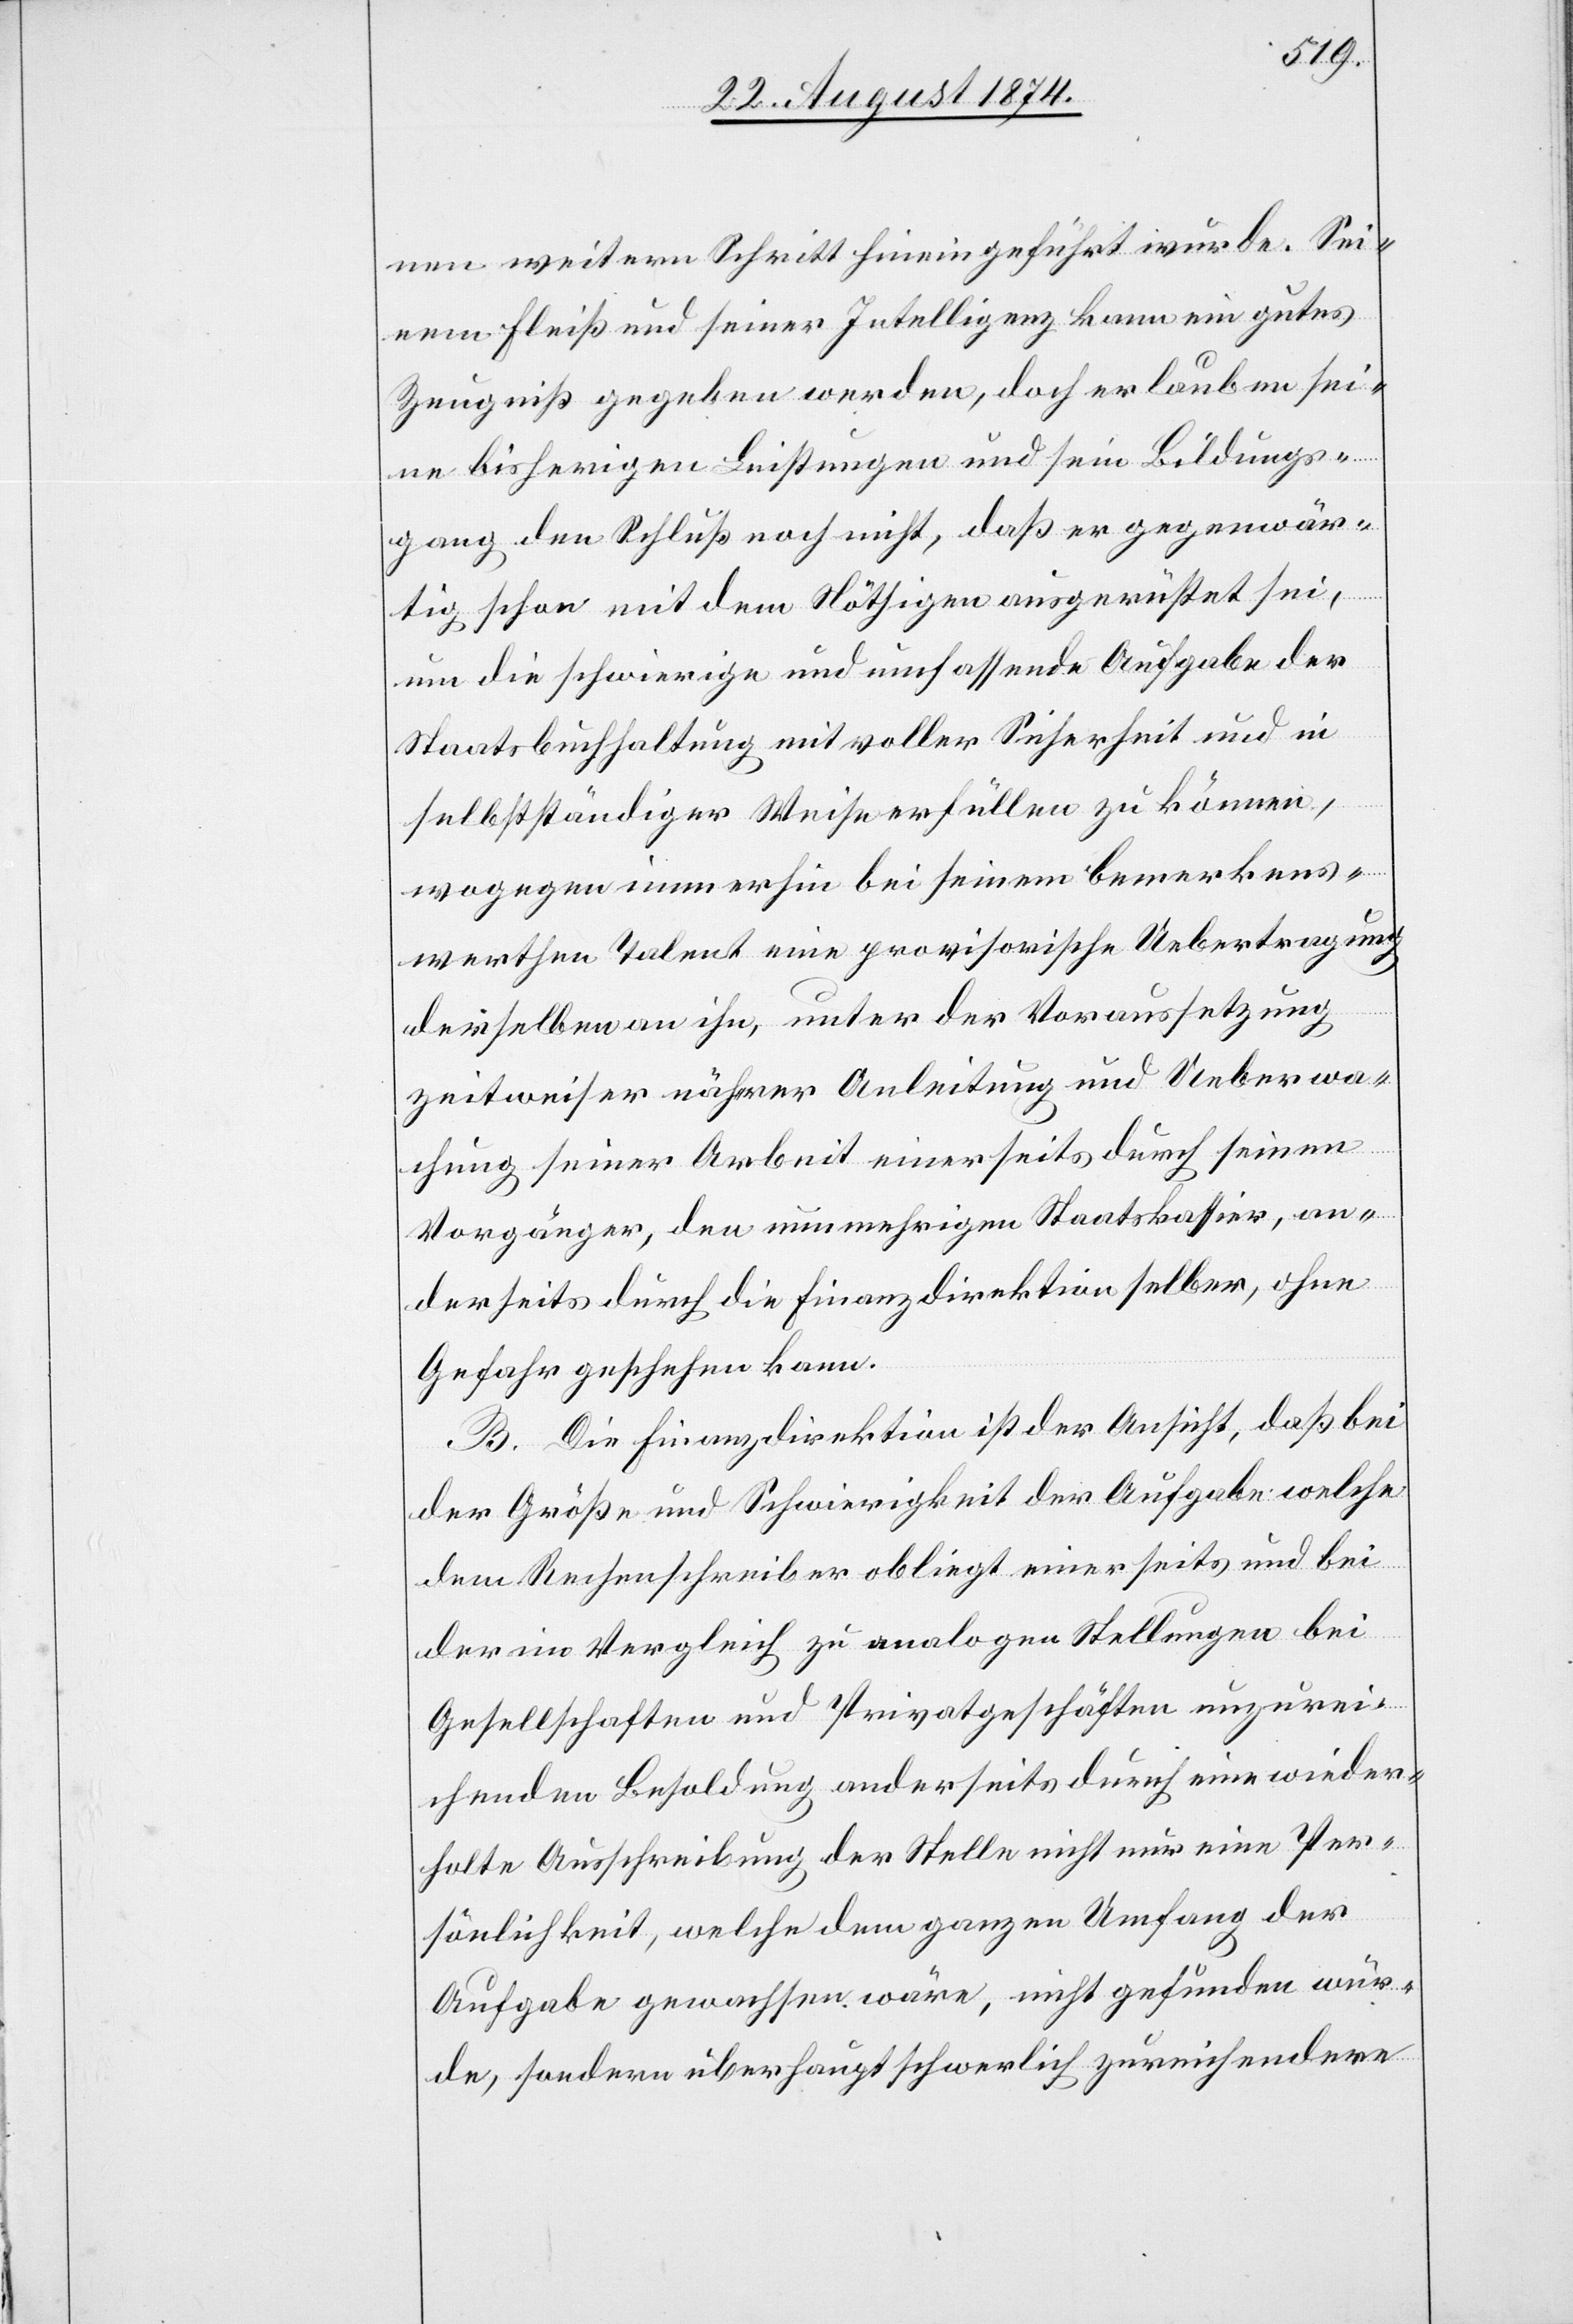
nen weitern Schritt hineingeführt wurde. Sei¬
nem Fleiß und seiner Intelligenz kann ein gutes
Zeugniß gegeben werden, doch erlauben sei¬
ne bisherigen Leistungen und sein Bildungs¬
gang den Schluß noch nicht, daß er gegenwär¬
tig schon mit dem Nöthigen ausgerüstet sei,
um die schwierige und umfassende Aufgabe der
Staatsbuchhaltung mit voller Sicherheit und in
selbstständiger Weise erfüllen zu können,
wogegen immerhin bei seinem bemerkens¬
werthen Talent eine provisorische Uebertragung
derselben an ihn, unter der Voraussetzung
zeitweiser näherer Anleitung und Ueberwa¬
chung seiner Arbeit einerseits durch seinen
Vorgänger, den nunmehrigen Staatskassier, an¬
derseits durch die Finanzdirektion selber, ohne
Gefahr geschehen kann.
B. Die Finanzdirektion ist der Ansicht, daß bei
der Größe und Schwierigkeit der Aufgabe welche
dem Rechenschreiber obliegt einerseits und bei
der im Vergleich zu analogen Stellungen bei
Gesellschaften und Privatgeschäften unzurei¬
chenden Besoldung anderseits durch eine wieder¬
holte Ausschreibung der Stelle nicht nur eine Per¬
sönlichkeit, welche dem ganzen Umfang der
Aufgabe gewachsen wäre, nicht gefunden wur¬
de, sondern überhaupt schwerlich zureichendere